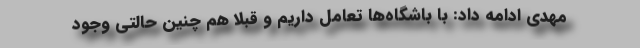
مهدی ادامه داد:‌ با باشگاه‌ها تعامل داریم و قبلا هم چنین حالتی وجود